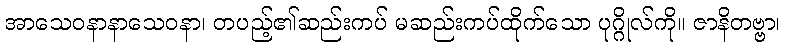
အာသေဝနာနာသေဝနာ၊ တပည့်၏ဆည်းကပ် မဆည်းကပ်ထိုက်သော ပုဂ္ဂိုလ်ကို။ ဇာနိတဗ္ဗာ၊